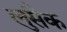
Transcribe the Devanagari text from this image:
लुसैक